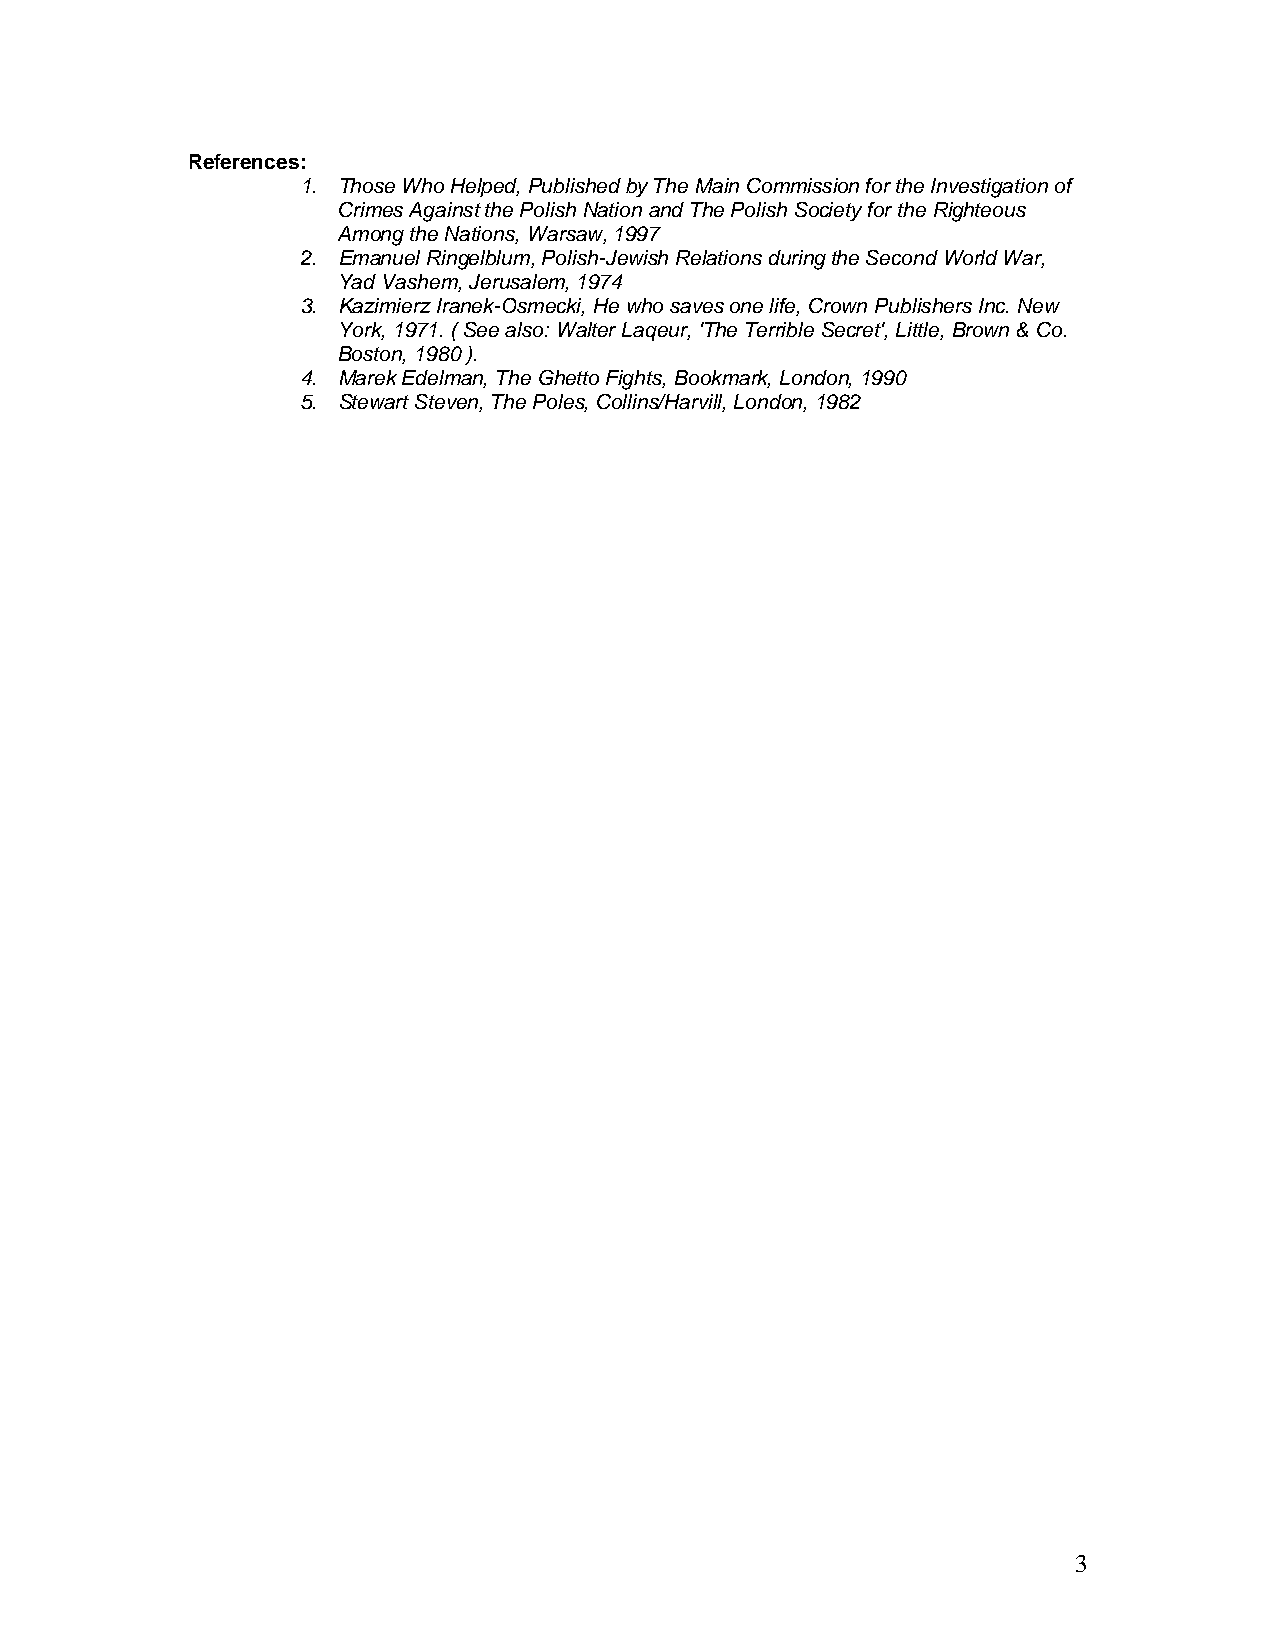
References:
 1. Those Who Helped, Published by The Main Commission for the Investigation of
 Crimes Against the Polish Nation and The Polish Society for the Righteous
 Among the Nations, Warsaw, 1997
 2. Emanuel Ringelblum, Polish-Jewish Relations during the Second World War,
 Yad Vashem, Jerusalem, 1974
 3. Kazimierz Iranek-Osmecki, He who saves one life, Crown Publishers Inc. New
 York, 1971. ( See also: Walter Laqeur, 'The Terrible Secret', Little, Brown & Co.
 Boston, 1980 ).
 4. Marek Edelman, The Ghetto Fights, Bookmark, London, 1990
 5. Stewart Steven, The Poles, Collins/Harvill, London, 1982
 3